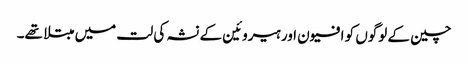
چین کے لوگوں کو افیون اور ہیروئین کے نشہ کی لت میں مبتلا تھے۔